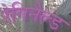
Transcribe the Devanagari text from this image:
रेगिनैल्ड